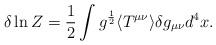
LaTeX: \begin{align*}\delta \ln Z={1\over2}\int g^{1\over2}\langle T^{\mu\nu}\rangle \delta g_{\mu\nu}d^4 x\space.\end{align*}